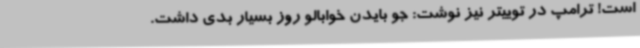
است! ترامپ در توییتر نیز نوشت: جو بایدن خوابالو روز بسیار بدی داشت.